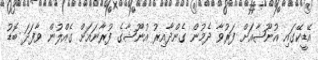
އޭޑީކޭގައި އުނޫޝާއަށް ފަރުވާ ދެމުން ގެންދާއިރު އުނޫޝާގެ ފުރާނައަށް ގެއްލުން ވާފަދަ ބޮޑު